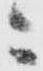
ニ